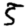
Digit: 5